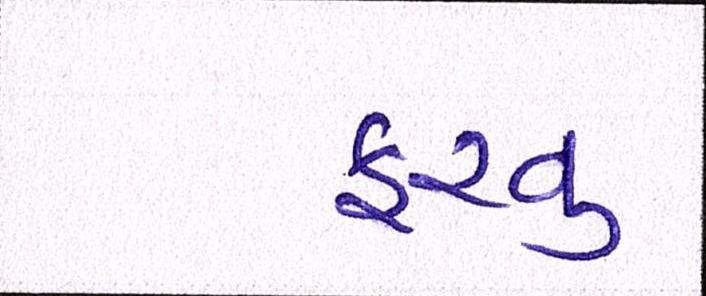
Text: ફરવુ